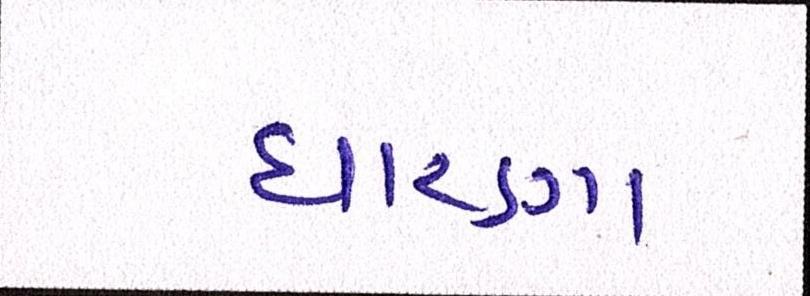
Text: ધારણા